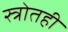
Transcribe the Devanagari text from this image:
स्त्रोतही